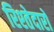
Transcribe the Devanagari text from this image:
रिश्‍तेदारों